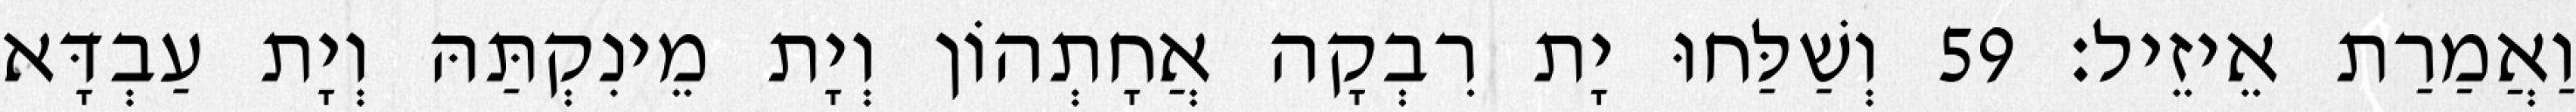
וַאֲמַרַת אֵיזֵיל׃ 59 וְשַׁלַּחוּ יָת רִבְקָה אֲחָתְהוֹן וְיָת מֵינִקְתַּהּ וְיָת עַבְדָּא